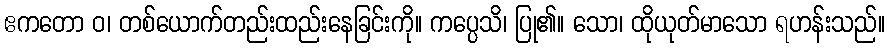
ဧကတော ဝ၊ တစ်ယောက်တည်းထည်းနေခြင်းကို။ ကပ္ပေသိ၊ ပြု၏။ သော၊ ထိုယုတ်မာသော ရဟန်းသည်။